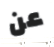
عن